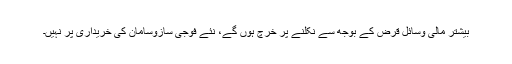
بیشتر مالی وسائل قرض کے بوجھ سے نکلنے پر خرچ ہوں گے، نئے فوجی سازوسامان کی خریداری پر نہیں۔